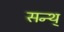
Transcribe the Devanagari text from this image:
सन्थ्